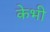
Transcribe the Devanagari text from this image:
केभी